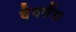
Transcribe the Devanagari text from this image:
वैवलैंथ